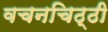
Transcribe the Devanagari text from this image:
वचनचिठ्ठी